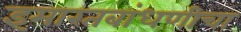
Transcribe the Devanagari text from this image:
इमारतबांधणीचा